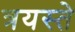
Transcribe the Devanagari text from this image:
त्रयस्ते